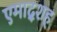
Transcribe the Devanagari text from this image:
एमाद्शह्